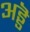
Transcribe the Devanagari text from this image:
अड्डॆ